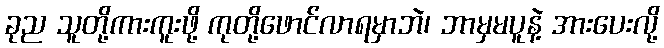
ခုည သူတို့ကားကူးဖို့ ကုတို့ဖောင်လာရမှာဘဲ၊ ဘာမှမပူနဲ့ အားပေးလို့